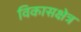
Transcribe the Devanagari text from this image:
विकासक्षेत्र